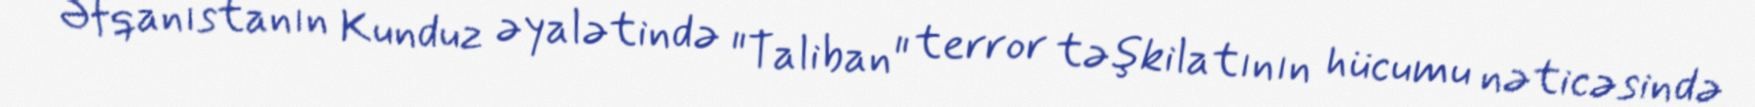
Əfqanıstanın Kunduz əyalətində "Taliban" terror təşkilatının hücumu nəticəsində